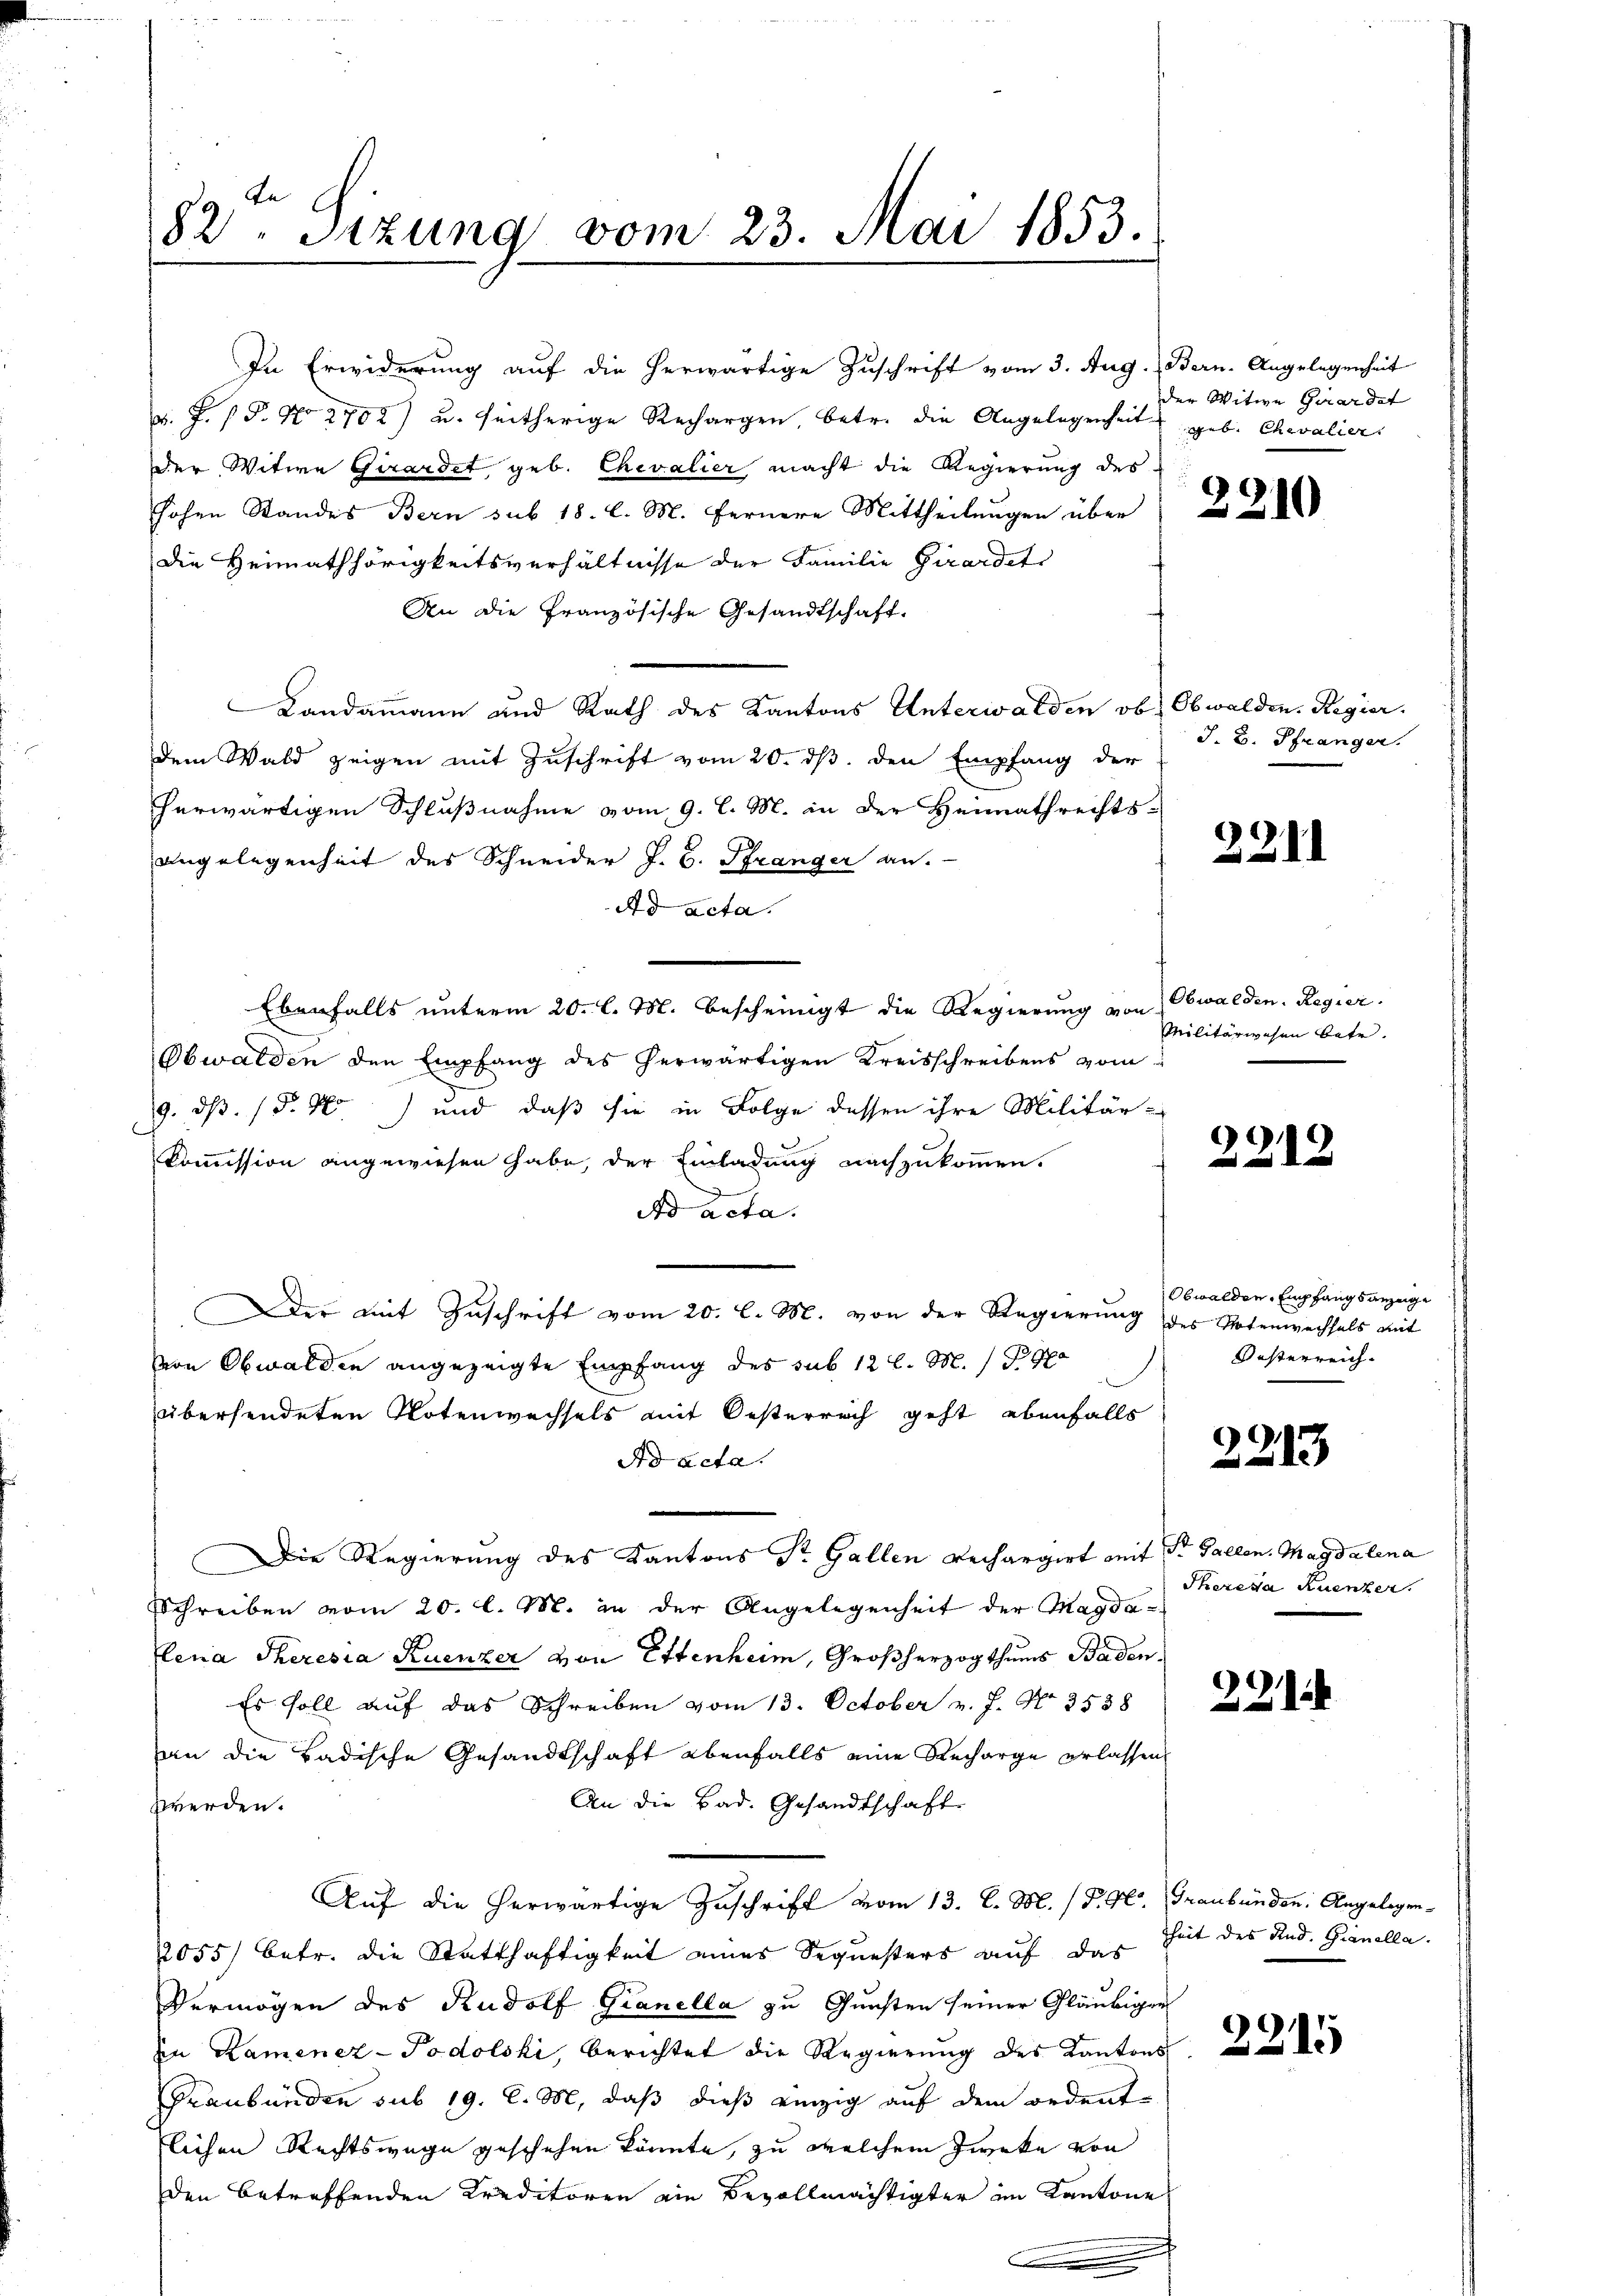
82ten Sizung vom 23. Mai 1853.

In Erwiderung auf die herwärtige Zuschrift vom 3. Aug. Bern. Angelegenheit
. F. P.P. No 2702) u. seitherige Rechargen, betr. die Angelegenheit geb. Chevalier
der Witwe Girardet geb. Chevalier macht die Regierung des
hohen Standes Bern sub 18. d. M. fernere Mittheilŭngen über
dDie Heimathörigkeitsverhältnisse der Familie Girardet
An die französische Gesandtschaft.
Landammann und Rath des Kantons Unterwalden ob, Obwalden. Regier
dem Wald zeigen mit Zuschrift vom 20. ds. den Empfang der
herwärtigen Schlußnahme vom 9. l. M. in der Heimathrechts-
angelegenheit des Schneider J. C. Stranger an.
Ad acta.
Ebenfalls unterm 20. l. M. bescheinigt die Regierung von
Obwalden den Empfang des herwärtigen Kreisschreibens vom
9. ds. (§.No) und daß sie in Folge dessen ihre Militär-
Commission angewiesen habe, der Einladung nachzukommen.
Ad acta.
Der mit Zuschrift vom 20. l. M. von der Regierung
von Obwalden angezeigte Empfang des sub 12 l. M.
übersendeten Notenwechsels mit Oesterrech geht ebenfalls
Ad acta
Die Regierung des Kantons Dr. Gallen Rechargirt mit St. Gallen. Magdalena
Schreiben vom 20. l. M. in der Angelegenheit der Magdalena Theresia Ruenzer von Ettenheim, Großherzogthums Baden¬
Es soll auf das Schreiben vom 13. October v. J. No. 3538
an die Badische Gesandtschaft ebenfalls eine Recharge erlassen
An die Bad. Gesandtschaft
zwerden.
Auf die herwärtige Zuschrift vom 13. C. M. (T. K. Graubünden. Angelegen-
2055) betr. die Statthaftigkeit eines Sequesters auf das Zeit des And. Hinella.
Vermögen des Rudolf Granella zu Gunsten seiner Gläubigen
in Kaminez-Podolski, berichtet die Regierung des Kantons
Praubünden sub 19. C. M. daß dieß einzig auf dem Bedent-
lichen Rechtswege geschehen könnte, zu welchem Zwecke von
den betreffenden Kreditoren ein Bevollmächtigter im Kantone

der Witwe Girardet

J. B. Pfränger.

221.

Obwalden. Regier
Militärwesen betr.

Obwalden, Empfangsanzeige
des Notenwechsels mit
Kosterreich

2213

Thereda Ruenzer.

221

2215